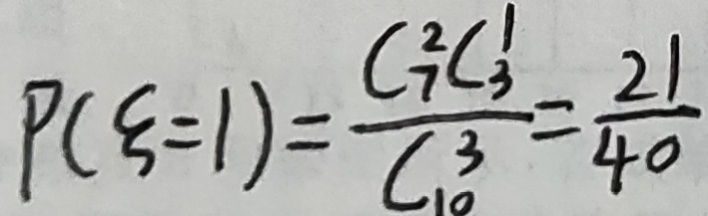
P ( \varepsilon = 1 ) = \frac { C _ { 7 } ^ { 2 } C _ { 3 } ^ { 1 } } { C _ { 1 0 } ^ { 3 } } = \frac { 2 1 } { 4 0 }